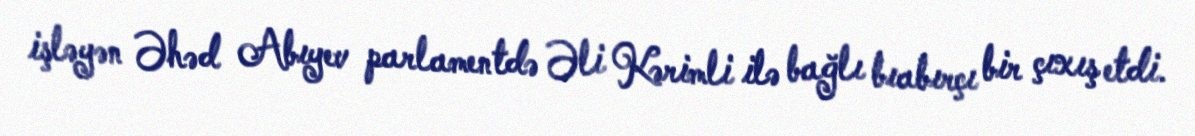
işləyən Əhəd Abıyev parlamentdə Əli Kərimli ilə bağlı bıabırçı bir çıxış etdi.